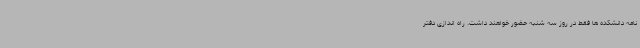
نامه دانشکده ها فقط در روز سه شنبه حضور خواهند داشت. راه اندازی دفتر